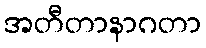
အတီတာနာဂတာ